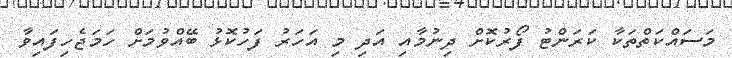
މަސައްކަތްތަކާ ކަރަންޓު ފޯރުކޮށް ދިނުމާއި އަދި މި އަހަރު ފަހުކޮޅު ބޭއްވުމަށް ހަމަޖެހިފައިވާ